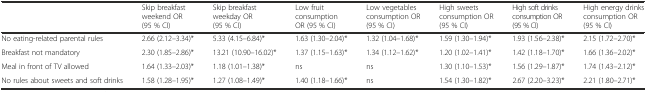
<table><thead><tr><td></td><td><b>Skip breakfast weekend OR (95 % CI)</b></td><td><b>Skip breakfast weekday OR (95 % CI)</b></td><td><b>Low fruit consumption OR (95 % CI)</b></td><td><b>Low vegetables consumption OR (95 % CI)</b></td><td><b>High sweets consumption OR (95 % CI)</b></td><td><b>High soft drinks consumption OR (95 % CI)</b></td><td><b>High energy drinks consumption OR (95 % CI)</b></td></tr></thead><tbody><tr><td>No eating-related parental rules</td><td>2.66 (2.12–3.34)*</td><td>5.33 (4.15–6.84)*</td><td>1.63 (1.30–2.04)*</td><td>1.32 (1.04–1.68)*</td><td>1.59 (1.30–1.94)*</td><td>1.93 (1.56–2.38)*</td><td>2.15 (1.72–2.70)*</td></tr><tr><td>Breakfast not mandatory</td><td>2.30 (1.85–2.86)*</td><td>13.21 (10.90–16.02)*</td><td>1.37 (1.15–1.63)*</td><td>1.34 (1.12–1.62)*</td><td>1.20 (1.02–1.41)*</td><td>1.42 (1.18–1.70)*</td><td>1.66 (1.36–2.02)*</td></tr><tr><td>Meal in front of TV allowed</td><td>1.64 (1.33–2.03)*</td><td>1.18 (1.01–1.38)*</td><td>ns</td><td>ns</td><td>1.30 (1.10–1.53)*</td><td>1.56 (1.29–1.87)*</td><td>1.74 (1.43–2.12)*</td></tr><tr><td>No rules about sweets and soft drinks</td><td>1.58 (1.28–1.95)*</td><td>1.27 (1.08–1.49)*</td><td>1.40 (1.18–1.66)*</td><td>ns</td><td>1.54 (1.30–1.82)*</td><td>2.67 (2.20–3.23)*</td><td>2.21 (1.80–2.71)*</td></tr></tbody></table>